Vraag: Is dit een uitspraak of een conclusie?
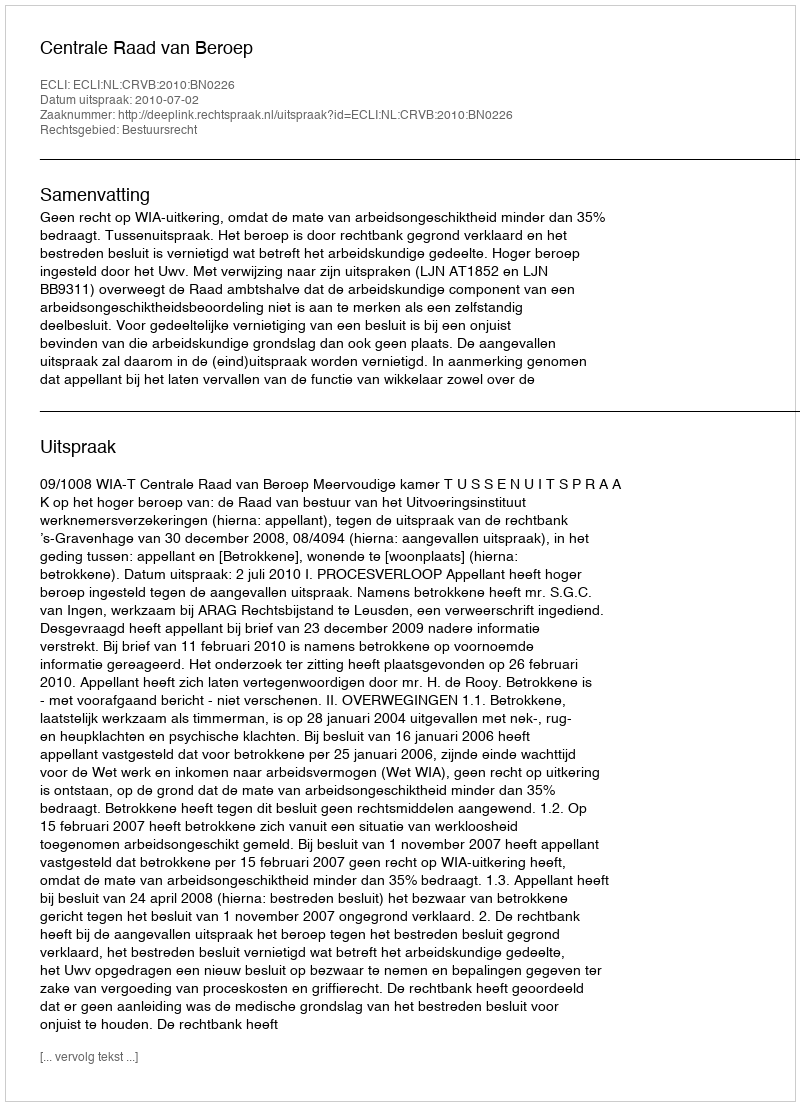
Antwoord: Uitspraak